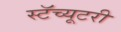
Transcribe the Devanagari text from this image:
स्टॅच्यूटरी